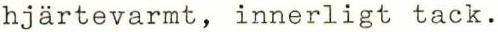
hjärtevarmt, innerligt tack.